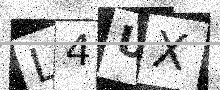
Text: L4UX